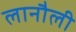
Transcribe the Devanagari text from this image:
लानौली